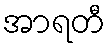
အာရတီ